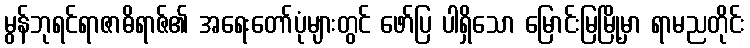
မွန်ဘုရင်ရာဇာဓိရာဇ်၏ အရေးတော်ပုံများတွင် ဖော်ပြ ပါရှိသော မြောင်းမြမြို့မှာ ရာမညတိုင်း